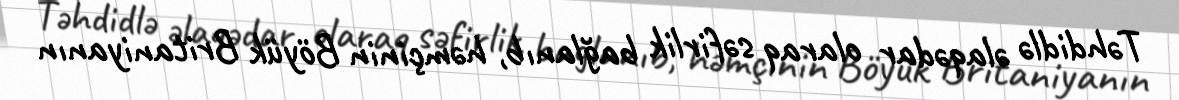
Təhdidlə əlaqədar olaraq səfirlik bağlanıb, həmçinin Böyük Britaniyanın